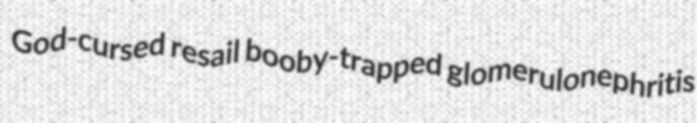
God-cursed resail booby-trapped glomerulonephritis